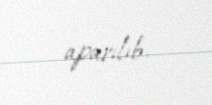
aparılıb.